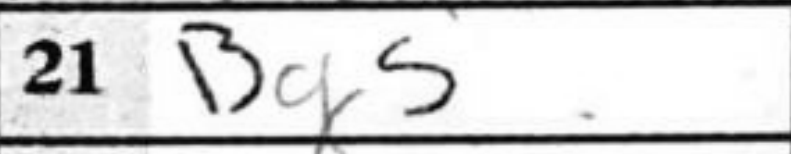
Transcription: Bg5